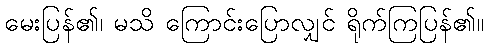
မေးပြန်၏၊ မသိ ကြောင်းပြောလျှင် ရိုက်ကြပြန်၏။